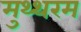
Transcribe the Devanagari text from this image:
मुथ्थरम